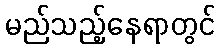
မည်သည့်နေရာတွင်